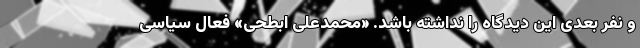
و نفر بعدی این دیدگاه را نداشته باشد. «محمدعلی ابطحی» فعال سیاسی